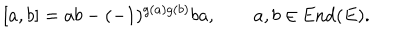
[ a , b ] = a b - ( - 1 ) ^ { g ( a ) g ( b ) } b a , \qquad a , b \in \mathrm { E n d } ( E ) .